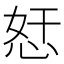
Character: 𱞖